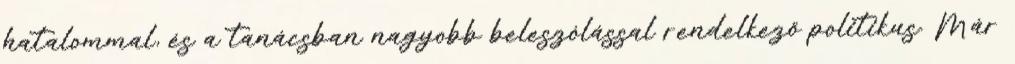
hatalommal, és a tanácsban nagyobb beleszólással rendelkező politikus. Már